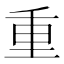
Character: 重